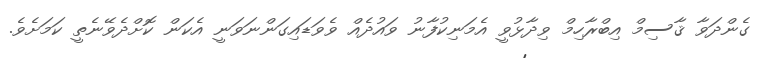
ގެންދަވާ ޤާސިމް އިބްރާހިމް ވިދާޅުވީ އެމަނިކުފާނު ވައުދެއް ވެވަޑައިގަންނަވަނީ އެކަން ކޮށްދެވޭނެތީ ކަމަށެވެ.